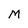
Character: M